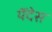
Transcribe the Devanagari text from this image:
येँदेस